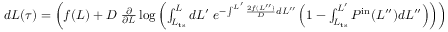
\begin{array} { r } { d L ( \tau ) = \left( f ( L ) + D \ \frac { \partial } { \partial L } \log \left( \int _ { L _ { \mathrm { t s } } } ^ { L } d L ^ { \prime } \; e ^ { - \int ^ { L ^ { \prime } } \frac { 2 f ( L ^ { \prime \prime } ) } { D } d L ^ { \prime \prime } } \left( 1 - \int _ { L _ { \mathrm { t s } } } ^ { L ^ { \prime } } P ^ { \mathrm { i n } } ( L ^ { \prime \prime } ) d L ^ { \prime \prime } \right) \right) \right) d \tau + \sqrt { D } \ d W _ { \tau } } \end{array}